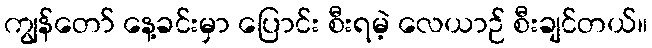
ကျွန်တော် နေ့ခင်းမှာ ပြောင်း စီးရမဲ့ လေယာဉ် စီးချင်တယ်။